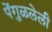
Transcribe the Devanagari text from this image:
पेंगुळलेली